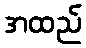
အထည်